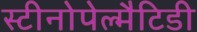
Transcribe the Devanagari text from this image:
स्टीनोपेल्मैटिडी